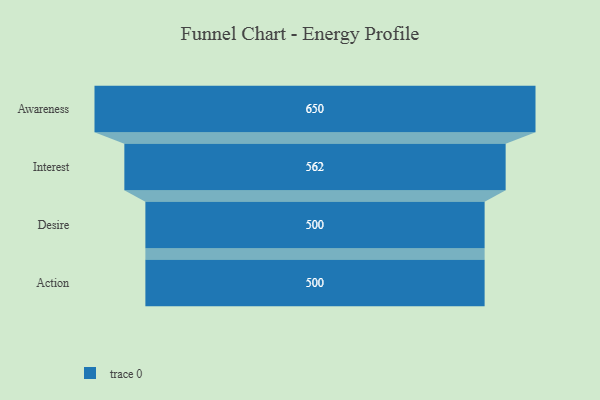
{"axis": {"x": "Stage", "y": "Value"}, "legend": [""], "data": [{"x": "Awareness", "y": 650.0, "type": ""}, {"x": "Interest", "y": 562.0, "type": ""}, {"x": "Desire", "y": 500, "type": ""}, {"x": "Action", "y": 500, "type": ""}]}